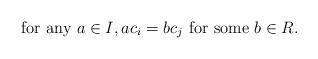
LaTeX: \begin{align*} \hbox{for any } a\in I, ac_i = bc_j \hbox{ for some }b\in R.\end{align*}